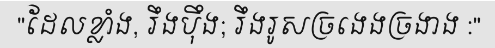
"ដែលខ្លាំង, រឹងប៉ឹង; រឹងរូសច្រងេងច្រងាង :"